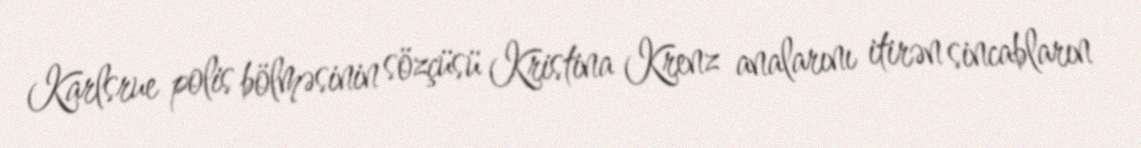
Karlsrue polis bölməsinin sözçüsü Kristina Krenz analarını itirən sincabların